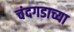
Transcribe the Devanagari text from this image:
चंदगडाच्या